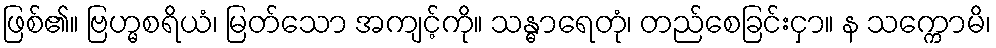
ဖြစ်၏။ ဗြဟ္မစရိယံ၊ မြတ်သော အကျင့်ကို။ သန္ဓာရေတုံ၊ တည်စေခြင်းငှာ။ န သက္ကောမိ၊